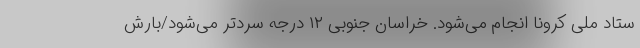
ستاد ملی کرونا انجام می‌شود. خراسان جنوبی ۱۲ درجه سردتر می‌شود/بارش